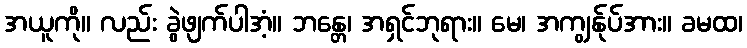
အယူကို။ လည်း ခွဲဖျက်ပါအံ့။ ဘန္တေ၊ အရှင်ဘုရား။ မေ၊ အကျွန်ုပ်အား။ ခမထ၊